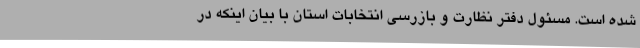
شده است. مسئول دفتر نظارت و بازرسی انتخابات استان با بیان اینکه در